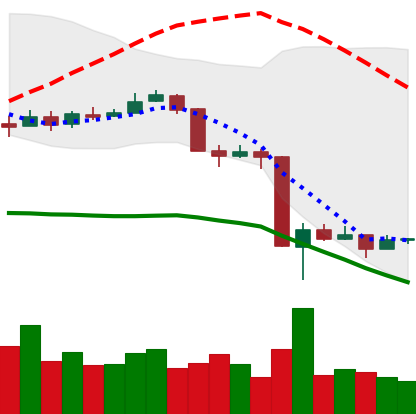
Ticker: BNB-USD
Chart end date: 2020-03-18
Forward return: 19.75%
Label: up_7plus